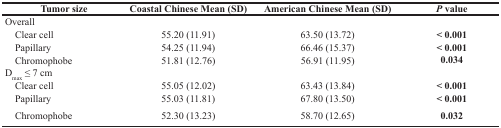
<table><thead><tr><td><b>Tumor size</b></td><td><b>Coastal Chinese Mean (SD)</b></td><td><b>American Chinese Mean (SD)</b></td><td><b><i>P</i> value</b></td></tr></thead><tbody><tr><td>Overall</td><td></td><td></td><td></td></tr><tr><td> Clear cell</td><td>55.20 (11.91)</td><td>63.50 (13.72)</td><td><b>&lt; 0.001</b></td></tr><tr><td> Papillary</td><td>54.25 (11.94)</td><td>66.46 (15.37)</td><td><b>&lt; 0.001</b></td></tr><tr><td> Chromophobe</td><td>51.81 (12.76)</td><td>56.91 (11.95)</td><td><b>0.034</b></td></tr><tr><td>D<sub>max</sub> ≤ 7 cm</td><td></td><td></td><td></td></tr><tr><td> Clear cell</td><td>55.05 (12.02)</td><td>63.43 (13.84)</td><td><b>&lt; 0.001</b></td></tr><tr><td> Papillary</td><td>55.03 (11.81)</td><td>67.80 (13.50)</td><td><b>&lt; 0.001</b></td></tr><tr><td> Chromophobe</td><td>52.30 (13.23)</td><td>58.70 (12.65)</td><td><b>0.032</b></td></tr></tbody></table>